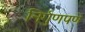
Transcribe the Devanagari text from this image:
निर्गुणपणे